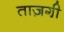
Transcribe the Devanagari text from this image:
ताज़गी़